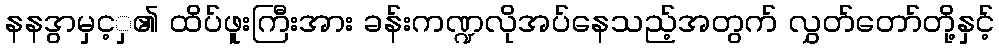
နနဒွာမှင့ှ၏ ထိပ်ဖူးကြီးအား ခန်းကဏ္ဍလိုအပ်နေသည့်အတွက် လွှတ်တော်တို့နှင့်